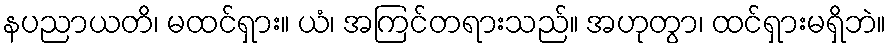
နပညာယတိ၊ မထင်ရှား။ ယံ၊ အကြင်တရားသည်။ အဟုတွာ၊ ထင်ရှားမရှိဘဲ။